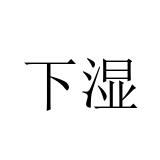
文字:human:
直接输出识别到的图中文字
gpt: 下湿